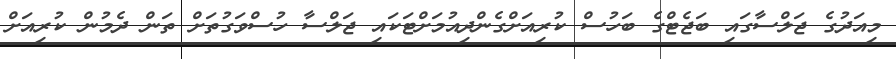
މިއަދުގެ ޖަލްސާގައި ބަޖެޓްގެ ބަހުސް ކުރިއަށްގެންދިއުމަށްޓަކައި ޖަލްސާ ހުސްވަގުތަށް ތަން ދެމުން ކުރިއަށް